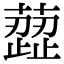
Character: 䔼